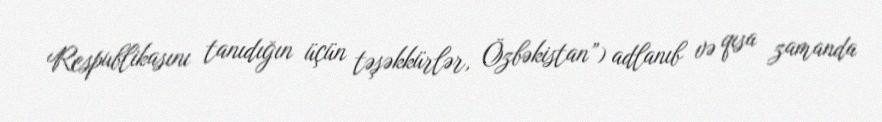
Respublikasını tanıdığın üçün təşəkkürlər, Özbəkistan”) adlanıb və qısa zamanda